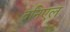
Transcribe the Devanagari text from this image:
दनिएल